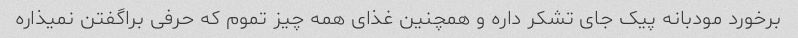
برخورد مودبانه پیک جای تشکر داره و همچنین غذای همه چیز تموم که حرفی براگفتن نمیذاره